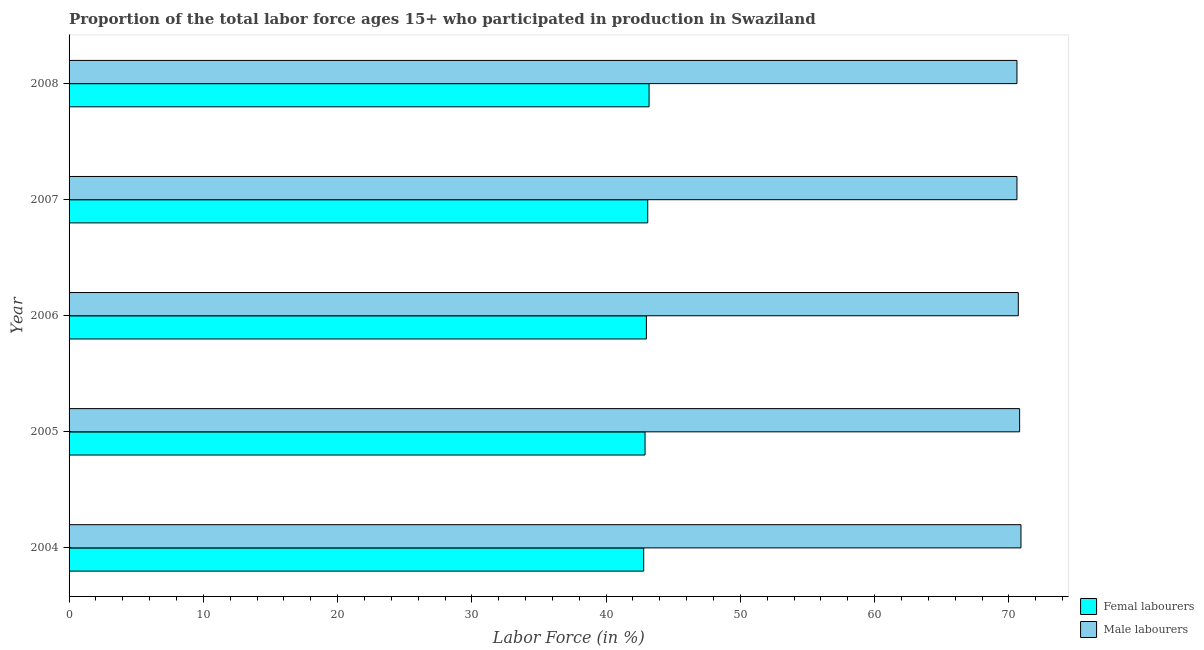
| Year | Femal labourers | Male labourers |
 | --- | --- | --- |
 | 2004 | 42.8 | 70.9 |
 | 2005 | 42.9 | 70.8 |
 | 2006 | 43 | 70.7 |
 | 2007 | 43.1 | 70.6 |
 | 2008 | 43.2 | 70.6 |